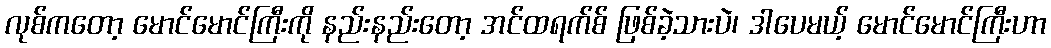
လုစ်ကတော့ မောင်မောင်ကြီးကို နည်းနည်းတော့ အင်ထရက်စ် ဖြစ်ခဲ့သားပဲ၊ ဒါပေမယ့် မောင်မောင်ကြီးဟာ